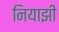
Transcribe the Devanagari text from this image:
नियाझी